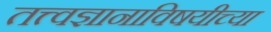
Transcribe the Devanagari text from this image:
तत्त्वज्ञानाविषयीच्या